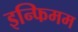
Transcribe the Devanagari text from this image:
इन्फिमम